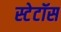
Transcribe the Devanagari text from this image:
स्टेटॉस